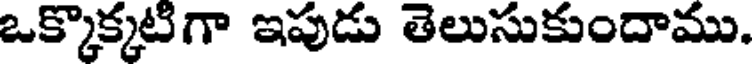
ఒక్కొక్కటిగా ఇపుడు తెలుసుకుందాము.